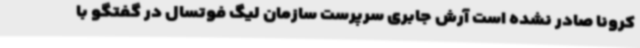
کرونا صادر نشده است آرش جابری سرپرست سازمان لیگ فوتسال در گفتگو با